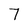
Character: 7